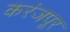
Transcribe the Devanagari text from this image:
करंजपूर